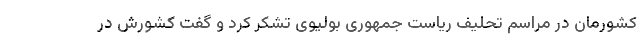
کشورمان در مراسم تحلیف ریاست جمهوری بولیوی تشکر کرد و گفت کشورش در